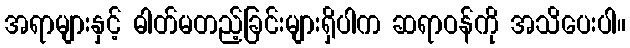
အရာများနှင့် ဓါတ်မတည့်ခြင်းများရှိပါက ဆရာဝန်ကို အသိပေးပါ။